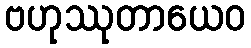
ဗဟုဿုတာယေဝ